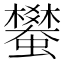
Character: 蠜